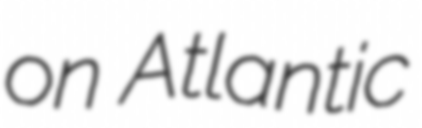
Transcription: on Atlantic